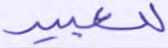
للعبيد